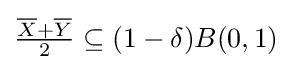
{\textstyle {\frac {{\overline {X}}+{\overline {Y}}}{2}}\subseteq (1-\delta )B(0,1)}